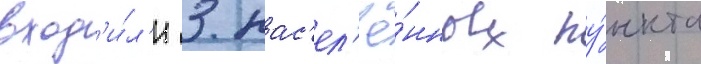
вход'и́л'и 3 нас'ел'ё́нных пу́нкта